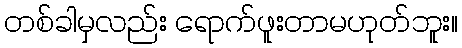
တစ်ခါမှလည်း ရောက်ဖူးတာမဟုတ်ဘူး။